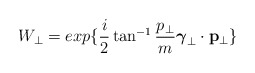
\begin{align*}W_{\perp} =exp \{ \frac{i}{2} \tan^{-1} \frac{p_{\perp}}{m} \mbox{\boldmath $\gamma$}_{\perp} \cdot {\bf p}_{\perp} \}\end{align*}